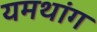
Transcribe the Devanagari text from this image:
यमथांग